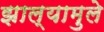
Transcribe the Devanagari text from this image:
झाल्यामुले